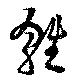
雛